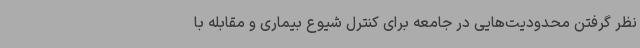
نظر گرفتن محدودیت‌هایی در جامعه برای کنترل شیوع بیماری و مقابله با